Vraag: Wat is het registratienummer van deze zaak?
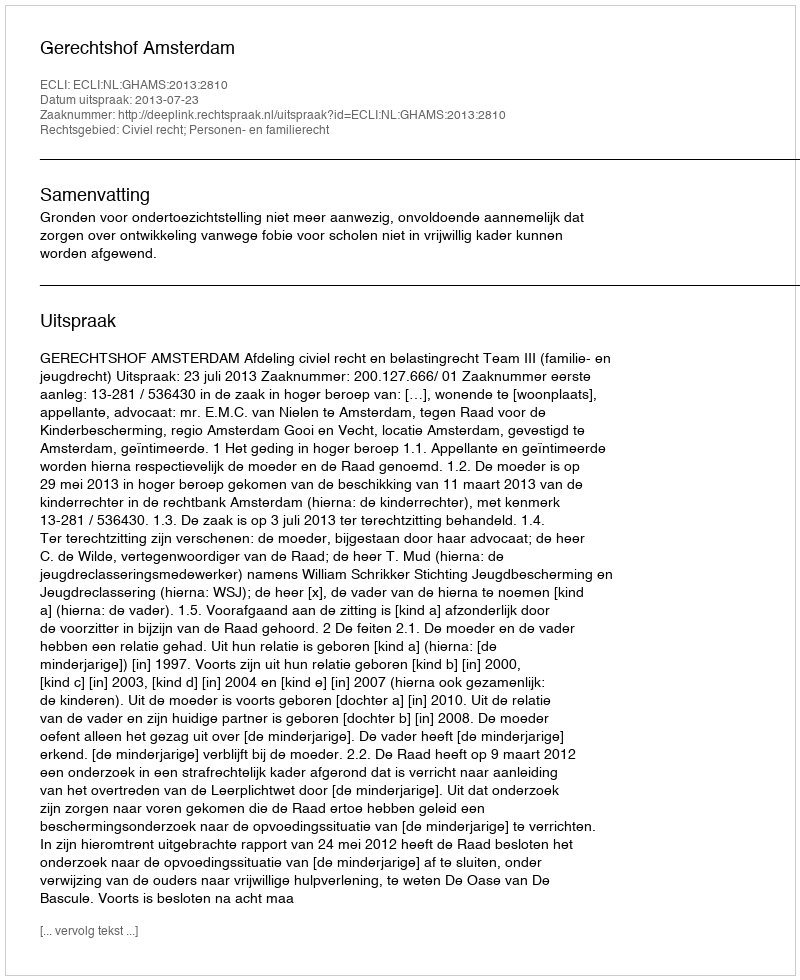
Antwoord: http://deeplink.rechtspraak.nl/uitspraak?id=ECLI:NL:GHAMS:2013:2810